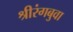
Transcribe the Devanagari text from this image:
श्रीरंगबुवा